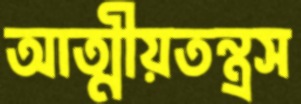
আত্মীয়তন্ত্রস